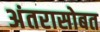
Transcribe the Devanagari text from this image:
अंतरासोबत